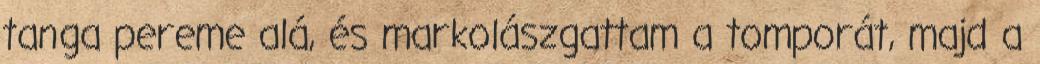
tanga pereme alá, és markolászgattam a tomporát, majd a